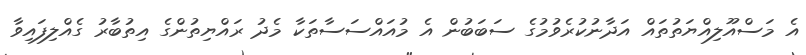
އެ މަސްއޫލިއްޔަތުތައް އަދާނުކުރެވުމުގެ ސަބަބުން އެ މުއައްސަސާތަކާ މެދު ރައްޔިތުންގެ އިތުބާރު ގެއްލިފައިވާ